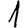
Digit: 1